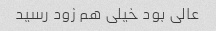
عالی بود خیلی هم زود رسید